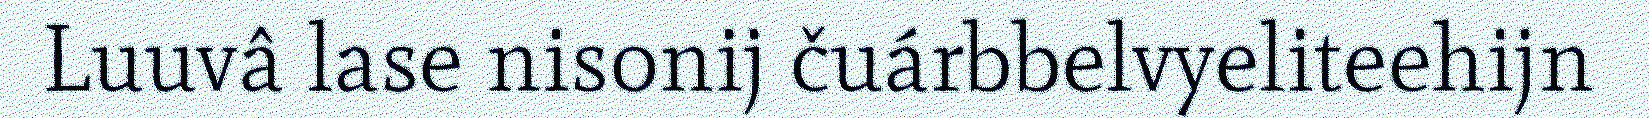
Luuvâ lase nisonij čuárbbelvyeliteehijn